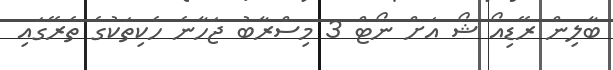
ބާލިން ރޭޑިއޯ ޝޯ އަށް ނޯޓް 3 މިސްރާބު ޖަހާނެ ހެކިތަކުގެ ތެރޭގައި